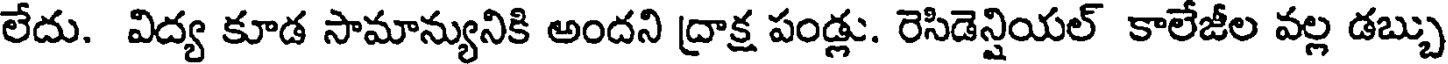
లేదు. విద్య కూడ సామాన్యునికి అందని ద్రాక్ష పండ్లు. రెసిడెన్షియల్ కాలేజీల వల్ల డబ్బు